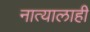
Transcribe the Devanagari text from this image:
नात्यालाही